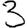
Digit: 3